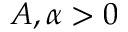
A , \alpha > 0